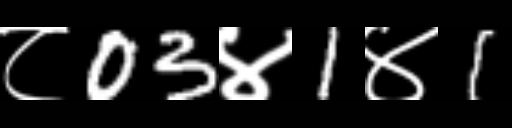
Text: ८03४1४1